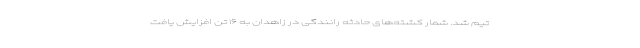
تیم شد. شمار کشته‌های حادثه رانندگی در زاهدان به ۱۶ تن افزایش یافت